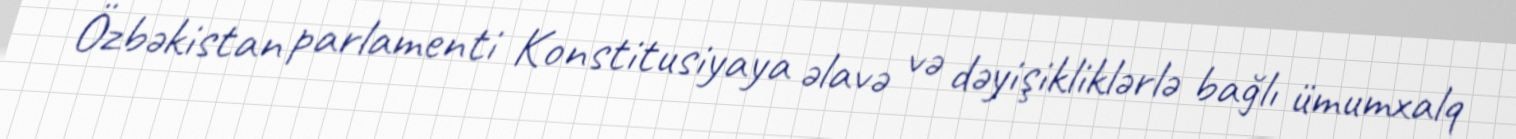
Özbəkistan parlamenti Konstitusiyaya əlavə və dəyişikliklərlə bağlı ümumxalq